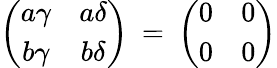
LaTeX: \left(\begin{array}{cc}{{a\gamma}}&{{a\delta}}\\ {{b\gamma}}&{{b\delta}}\end{array}\right)\: =\: \left(\begin{array}{cc}{{0}}&{{0}}\\ {{0}}&{{0}}\end{array}\right)